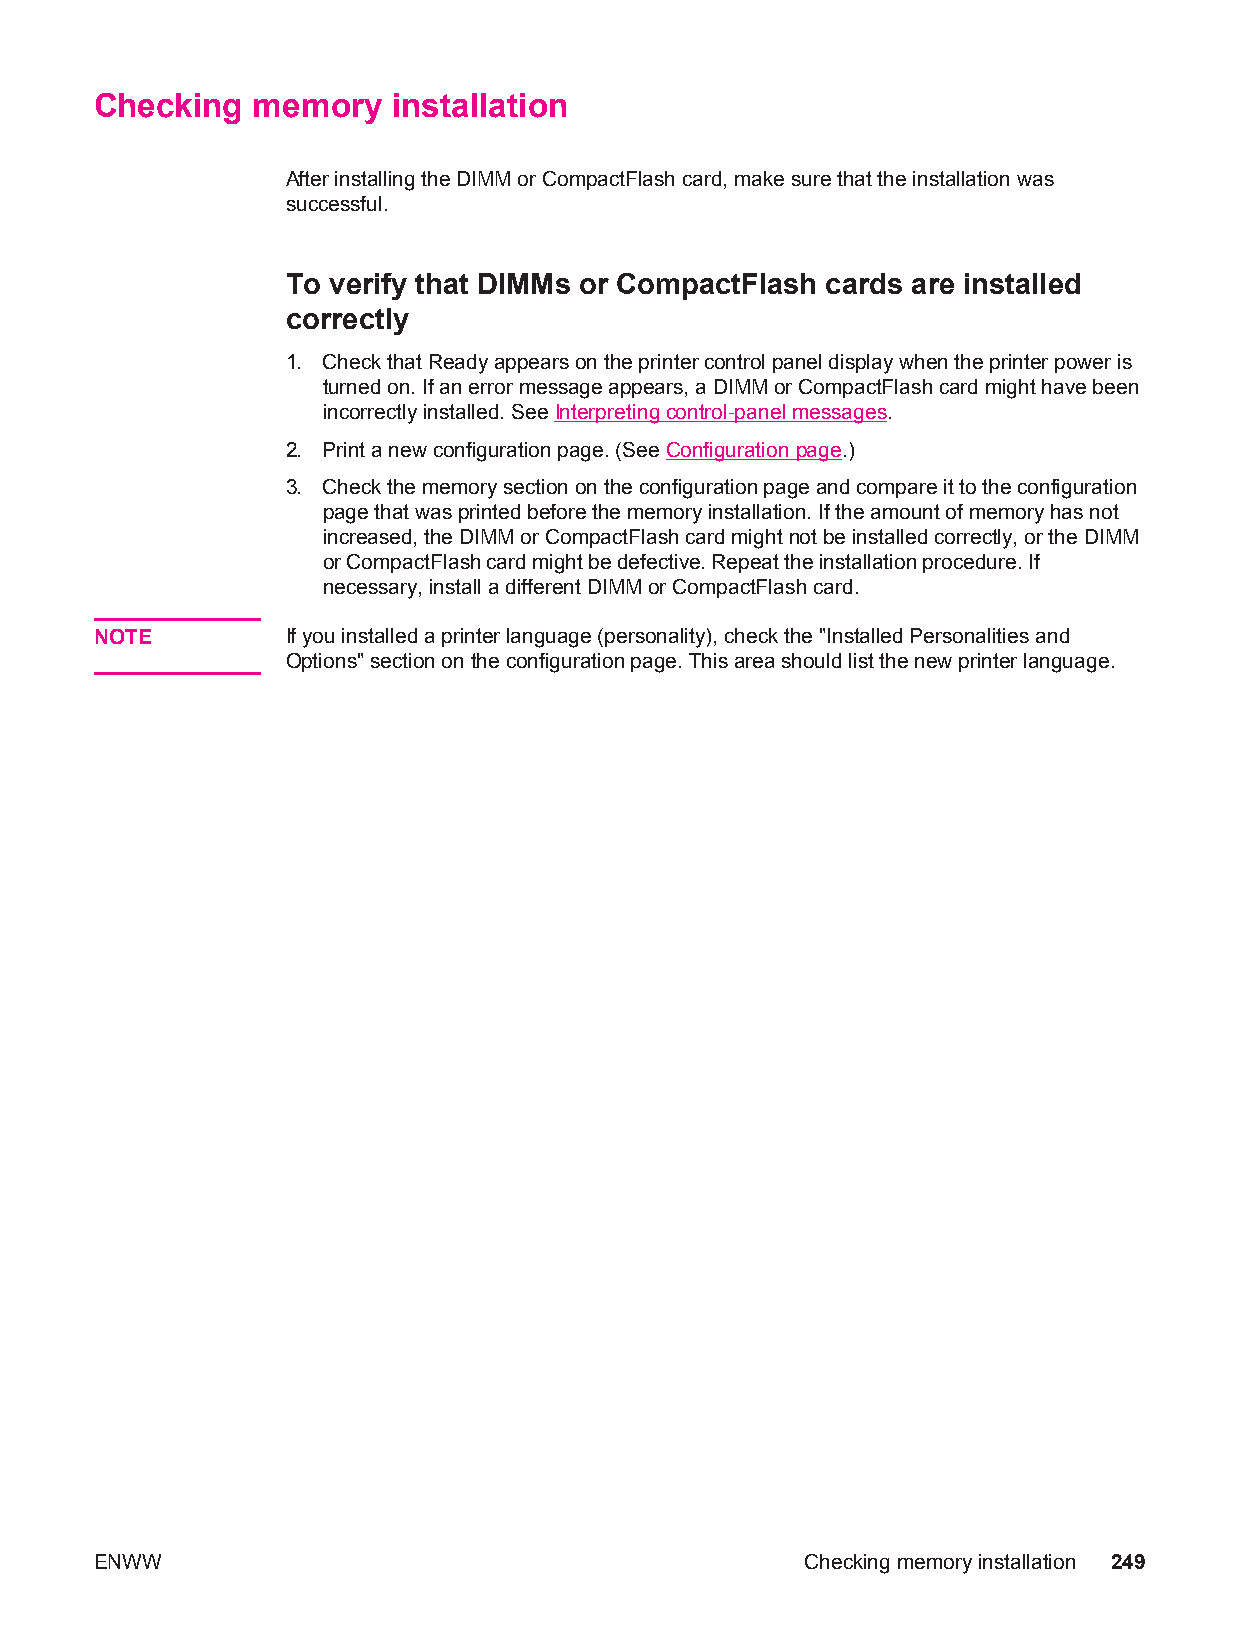
Checking   memory   installation
 After installing the DIMM or CompactFlash card, make sure that the installation was
 successful.
 To verify that DIMMs or CompactFlash cards are installed
 correctly
 1. Check that Ready appears on the printer control panel display when the printer power is
 turned on. If an error message appears, a DIMM or CompactFlash card might have been
 incorrectly installed. See Interpreting control-panel messages.
 2. Print a new configuration page. (See Configuration page.)
 3. Check the memory section on the configuration page and compare it to the configuration
 page that was printed before the memory installation. If the amount of memory has not
 increased, the DIMM or CompactFlash card might not be installed correctly, or the DIMM
 or CompactFlash card might be defective. Repeat the installation procedure. If
 necessary, install a different DIMM or CompactFlash card.
 NOTE         If you installed a printer language (personality), check the "Installed Personalities and
 Options" section on the configuration page. This area should list the new printer language.
 ENWW                                           Checking memory installation 249